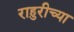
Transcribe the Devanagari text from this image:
राहुरीच्या